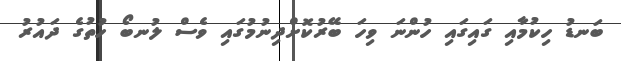
ބަނޑު ހިކުމާއި ގައިގައި ހުންނަ ވިހަ ބޭރުކޮށްދިނުމުގައި ވެސް ލުނބޯ ހުތުގެ ދައުރު